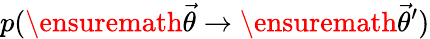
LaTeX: p(\ensuremath{\vec{\theta}}\rightarrow\ensuremath{\vec{\theta}}^{\prime})